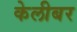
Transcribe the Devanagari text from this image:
केलीबर